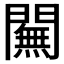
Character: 𨶭